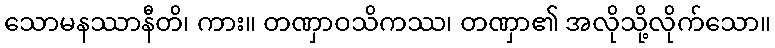
သောမနဿာနီတိ၊ ကား။ တဏှာဝသိကဿ၊ တဏှာ၏ အလိုသို့လိုက်သော။